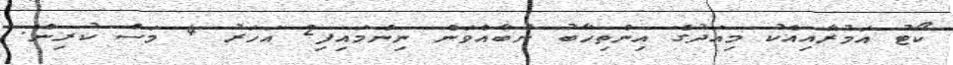
ކޯޓު އަމުރާއިއެކު މިއަދުގެ އިންތިހާބު ނުބާއްވަން ނިންމައިފި2 އަހަރު 4 މަސް ކުރިން.